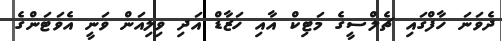
ދެވަނަ ހާފްގައި ޗެލްސީގެ މަޓިކް އާއި ހަޒާޑް އަދި ވިލިއަން ވަނީ އެވަޓަންގެ